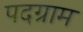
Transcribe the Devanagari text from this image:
पदग्राम